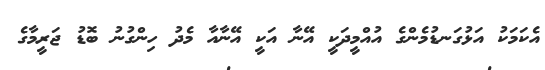
އެކަމަކު އަޅުގަނޑުމެންގެ އުއްމީދަކީ އޭނާ އަކީ އޭނާއާ މެދު ހިންގުނު ބޮޑު ޖަރީމާގެ